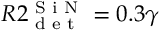
R 2 _ { \textrm { d e t } } ^ { \textrm { S i N } } = 0 . 3 \gamma